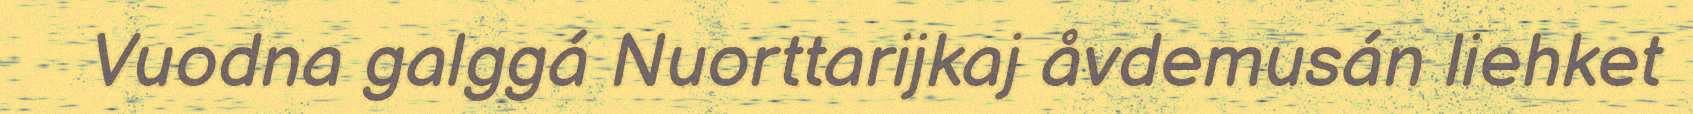
Vuodna galggá Nuorttarijkaj åvdemusán liehket